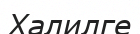
Халилге